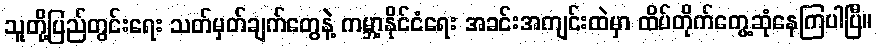
သူတို့ပြည်တွင်းရေး သတ်မှတ်ချက်တွေနဲ့ ကမ္ဘာ့နိုင်ငံရေး အခင်းအကျင်းထဲမှာ ထိပ်တိုက်တွေ့ဆုံနေကြပါပြီ။